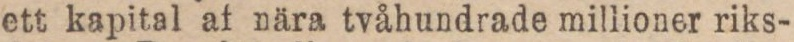
ett kapital af nära tvåhundrade millioner riks-